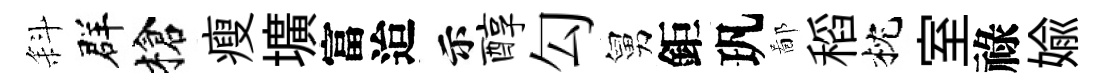
斜群槍瘦壙富迨示醇勾舅鉅㺬鄙稻枕室祿媮